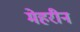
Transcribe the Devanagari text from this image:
मेहरीन